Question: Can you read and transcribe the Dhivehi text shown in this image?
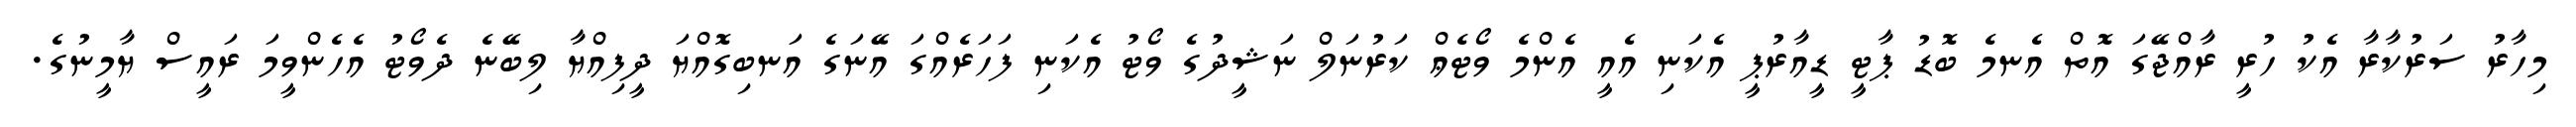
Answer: މިހާރު ސަރުކާރާ އެކު ހުރީ ރާއްޖޭގަ އޮތް އެނމެ ބޮޑު ޕާޓީ ޑީއާރުޕީ އެކަނި އެއީ އެންމެ ވޯޓެޢް ކަރުނަލް ނަޝީދުގެ ވޯޓު އެކަނި ފަހަރެއްގަ އޭނަގެ އަނބިގޮއްޔަ ދީފިއްޔާ ލިބޭނެ ދެވޯޓު އެހެންވީމަ ރައީސް ޔާމީނުގެ.